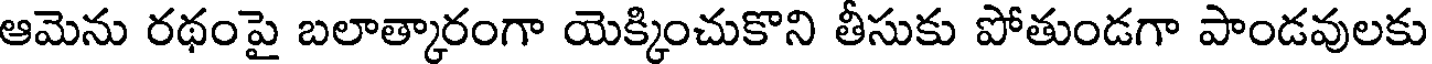
ఆమెను రథంపై బలాత్కారంగా యెక్కించుకొని తీసుకు పోతుండగా పాండవులకు